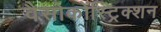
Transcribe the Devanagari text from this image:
वैसोकोंस्ट्रिक्शन